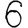
Digit: 6